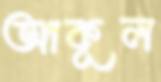
আকূল